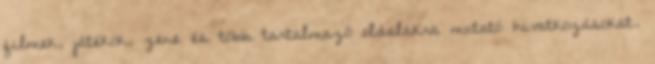
filmek, játékok, zene és több tartalmazó oldalakra mutató hivatkozásokat.